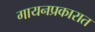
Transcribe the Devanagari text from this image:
गायनप्रकारात